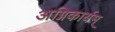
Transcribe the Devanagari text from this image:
अग्निकार्यम्